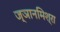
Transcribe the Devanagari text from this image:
ज्ञानमिश्रा